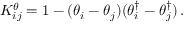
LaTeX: K _ { i j } ^ { \theta } = 1 - ( \theta _ { i } - \theta _ { j } ) ( \theta _ { i } ^ { \dagger } - \theta _ { j } ^ { \dagger } ) \, .